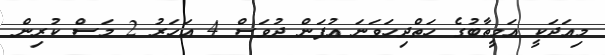
މިއަދަކީ އަމީތާބުގެ ހަތްދިހަވަނަ އުފަން ދުވަސް 4 އަހަރު 2 މަސް ކުރިން